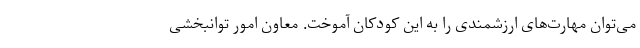
می‌توان مهارت‌های ارزشمندی را به این کودکان آموخت. معاون امور توانبخشی